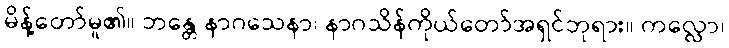
မိန့်တော်မူ၏။ ဘန္တေ နာဂသေနာ၊ နာဂသိန်ကိုယ်တော်အရှင်ဘုရား။ ကလ္လော၊